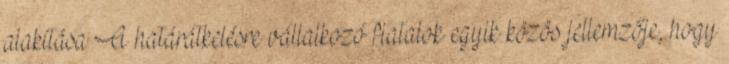
alakítása A határátkelésre vállalkozó fiatalok egyik közös jellemzője, hogy